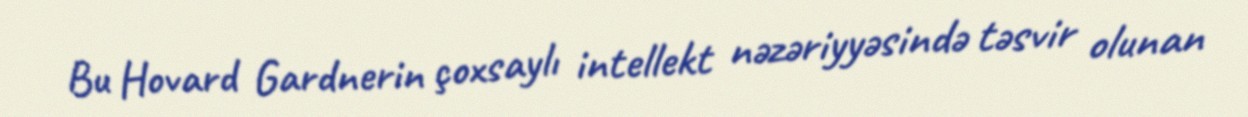
Bu Hovard Gardnerin çoxsaylı intellekt nəzəriyyəsində təsvir olunan